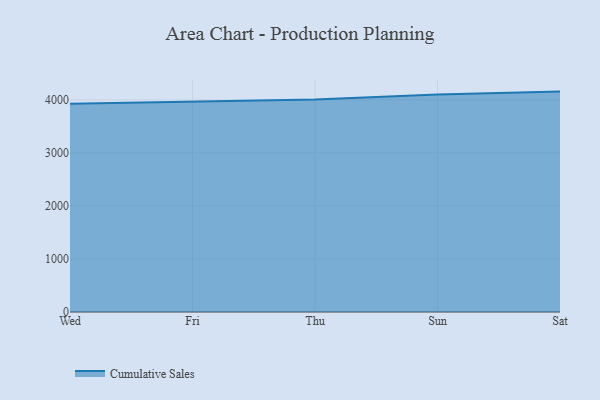
{"axis": {"x": "Day", "y": "Latency (ms)"}, "legend": ["Cumulative Sales"], "data": [{"x": "Wed", "y": 3928.9, "type": "Cumulative Sales"}, {"x": "Fri", "y": 3961.2, "type": "Cumulative Sales"}, {"x": "Thu", "y": 4007.4, "type": "Cumulative Sales"}, {"x": "Sun", "y": 4102.9, "type": "Cumulative Sales"}, {"x": "Sat", "y": 4156.9, "type": "Cumulative Sales"}]}